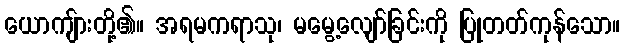
ယောကျ်ားတို့၏။ အရမကရာသု၊ မမွေ့လျော်ခြင်းကို ပြုတတ်ကုန်သော။